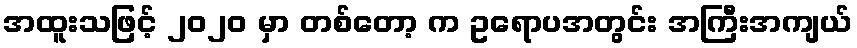
အထူးသဖြင့် ၂၀၂၀ မှာ တစ်တော့ က ဥရောပအတွင်း အကြီးအကျယ်